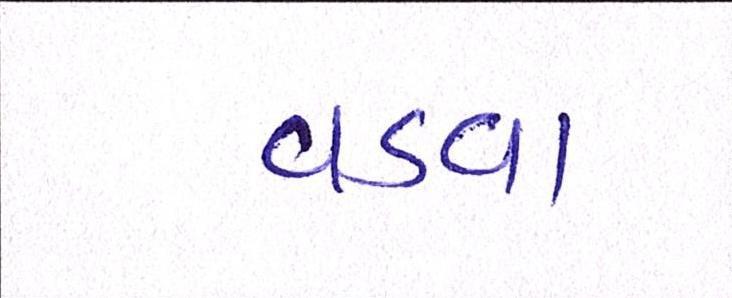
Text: વડવા